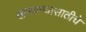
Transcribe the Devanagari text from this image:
खारवण्यासाठीचे